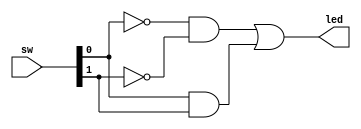
`timescale 1ns / 1ps
//////////////////////////////////////////////////////////////////////////////////
// Company: Davis Semiconductor
// 
// Design Name: 
// Module Name: one_bit_comparator
// Project Name: 
// Target Devices: Arty A7
// Tool Versions: Vivado 2020.1
// Description: 
// 
// Dependencies: 
// 
// Revision:
// Revision 0.01 - File Created
// Additional Comments: From Pong Chu FPGA Prototyping with Verilog
// 
//////////////////////////////////////////////////////////////////////////////////


module one_bit_comparator(
     input [1:0] sw,
	  output led
    );

wire p0, p1;

assign led = p0 | p1;

assign p0 = ~sw[0] & ~sw[1];
assign p1 = sw[0] & sw[1];


endmodule